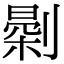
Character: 𠟘